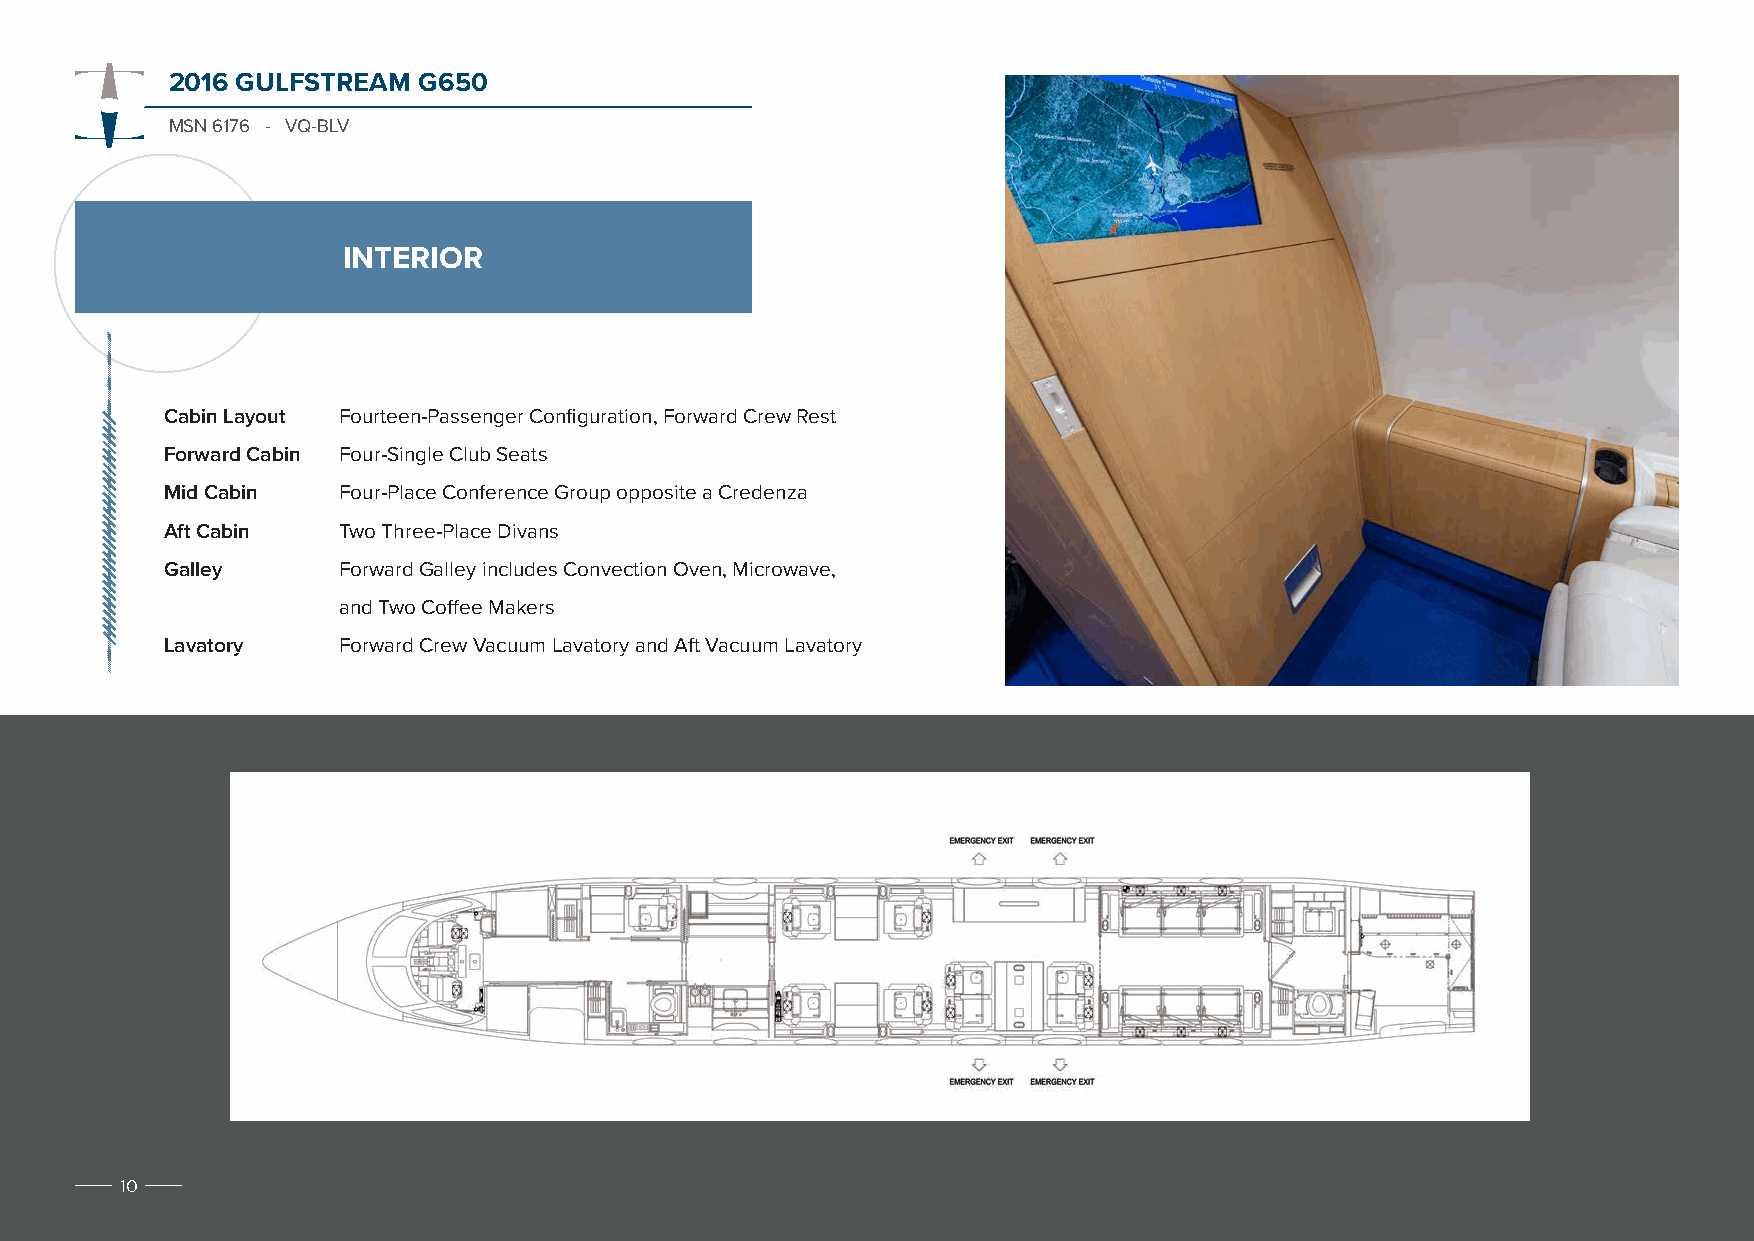
2016 GULFSTREAM  G650
 MSN 6176 - VQ-BLV
 INTERIOR
 Cabin Layout Fourteen-Passenger Configuration, Forward Crew Rest
 Forward Cabin Four-Single Club Seats
 Mid Cabin  Four-Place Conference Group opposite a Credenza
 Aft Cabin  Two Three-Place Divans
 Galley     Forward Galley includes Convection Oven, Microwave,
 and Two Coffee Makers
 Lavatory   Forward Crew Vacuum Lavatory and Aft Vacuum Lavatory
 10